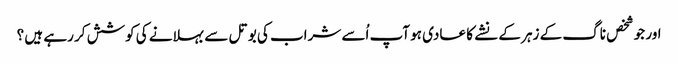
اور جو شخص ناگ کے زہر کے نشے کا عادی ہو آپ اُسے شراب کی بوتل سے بہلانے کی کوشش کر رہے ہیں ؟